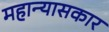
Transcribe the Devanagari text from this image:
महान्यासकार